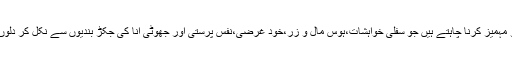
وہ ایسی محبت کے جذبات کو مہمیز کرنا چاہتے ہیں جو سفلی خواہشات،ہوس مال و زر،خود غرضی،نفس پرستی اور جھوٹی انا کی جکڑ بندیوں سے نکل کر دلوں کو مرکز مہر و وفا کر دے۔